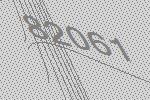
82061